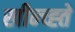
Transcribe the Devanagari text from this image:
खीन्च्ह्ते